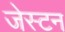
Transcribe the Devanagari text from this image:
जेस्टन